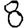
Digit: 8